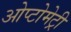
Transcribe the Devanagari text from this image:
ओप्टोमेट्री